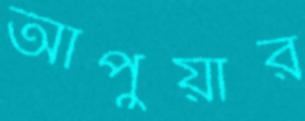
আপুয়ার